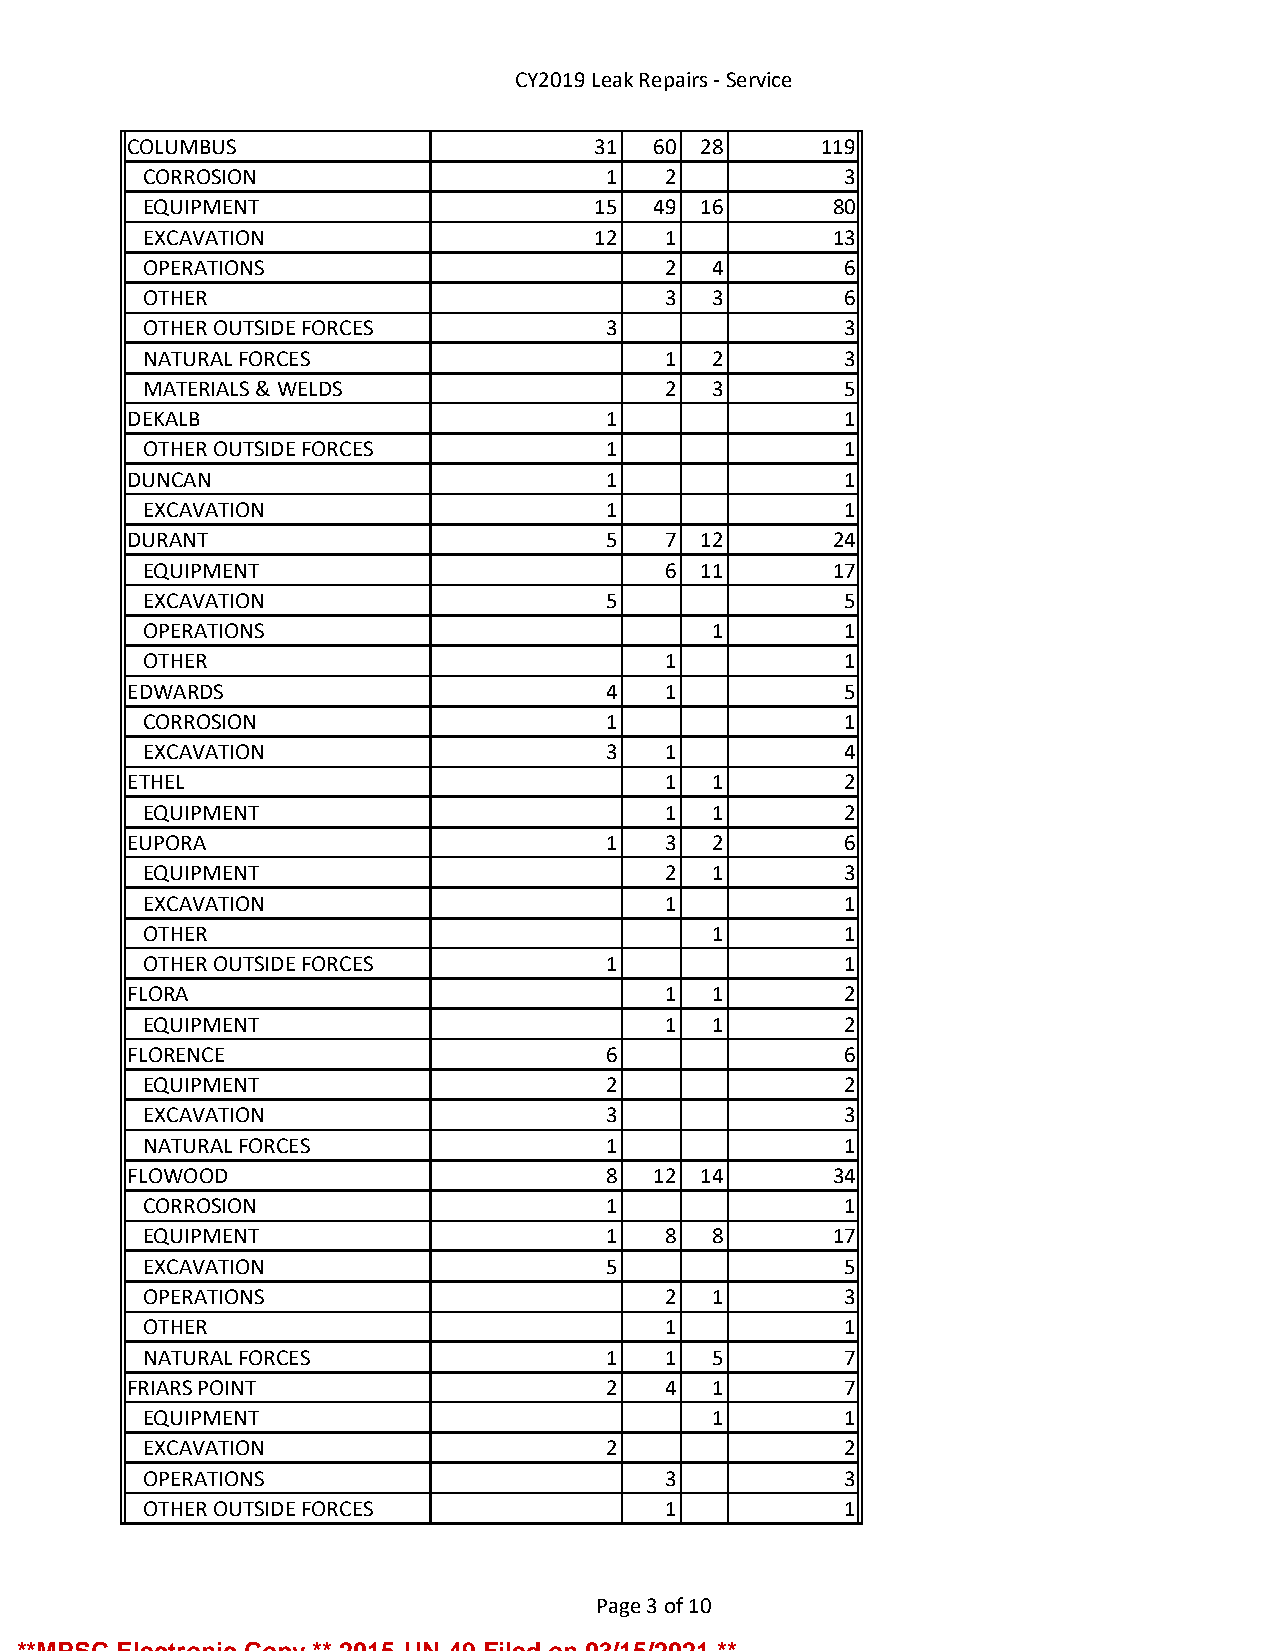
CY2019 Leak Repairs - Service
 COLUMBUS                       31 60  28      119
 CORROSION                     1   2           3
 EQUIPMENT                     15 49  16      80
 EXCAVATION                    12  1          13
 OPERATIONS                        2  4        6
 OTHER                             3  3        6
 OTHER OUTSIDE FORCES          3               3
 NATURAL FORCES                    1  2        3
 MATERIALS & WELDS                 2  3        5
 DEKALB                         1               1
 OTHER OUTSIDE FORCES          1               1
 DUNCAN                         1               1
 EXCAVATION                    1               1
 DURANT                         5   7  12      24
 EQUIPMENT                         6  11      17
 EXCAVATION                    5               5
 OPERATIONS                           1        1
 OTHER                             1           1
 EDWARDS                        4   1           5
 CORROSION                     1               1
 EXCAVATION                    3   1           4
 ETHEL                              1  1        2
 EQUIPMENT                         1  1        2
 EUPORA                         1   3  2        6
 EQUIPMENT                         2  1        3
 EXCAVATION                        1           1
 OTHER                                1        1
 OTHER OUTSIDE FORCES          1               1
 FLORA                              1  1        2
 EQUIPMENT                         1  1        2
 FLORENCE                       6               6
 EQUIPMENT                     2               2
 EXCAVATION                    3               3
 NATURAL FORCES                1               1
 FLOWOOD                        8  12  14      34
 CORROSION                     1               1
 EQUIPMENT                     1   8  8       17
 EXCAVATION                    5               5
 OPERATIONS                        2  1        3
 OTHER                             1           1
 NATURAL FORCES                1   1  5        7
 FRIARS POINT                   2   4  1        7
 EQUIPMENT                            1        1
 EXCAVATION                    2               2
 OPERATIONS                        3           3
 OTHER OUTSIDE FORCES              1           1
 Page 3 of 10
 **MPSC Electronic Copy ** 2015-UN-49 Filed on 03/15/2021 **